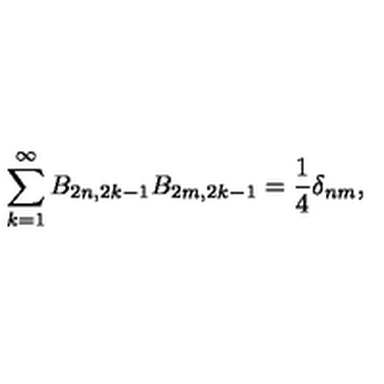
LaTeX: \sum _ { k = 1 } ^ { \infty } B _ { 2 n , 2 k - 1 } B _ { 2 m , 2 k - 1 } = \frac { 1 } { 4 } \delta _ { n m } ,